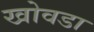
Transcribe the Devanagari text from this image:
खोवडा